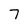
Character: 7